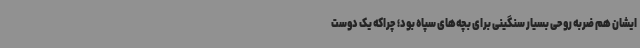
ایشان هم ضربه روحی بسیار سنگینی برای بچه‌های سپاه بود؛ چراکه یک دوست